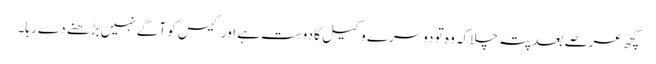
کچھ عرصے بعد پتہ چلا کہ وہ تو دوسرے وکیل کا دوست ہے اور کیس کو آگے نہیں بڑھنے دے رہا۔